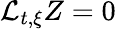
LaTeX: \mathcal{L}_{t,\xi}Z=0